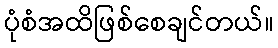
ပုံစံအထိဖြစ်စေချင်တယ်။